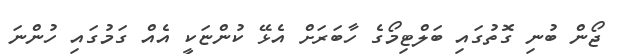
ޖޯން ބުނި ގޮތުގައި ބަލްޓިމޯގެ ހާބަރަށް އެޅޭ ކުންޏަކީ އެއް ގަމުގައި ހުންނަ